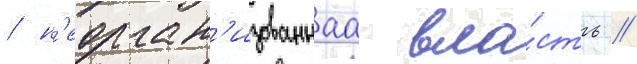
/ н'еорган'изованнаа вла́сть /